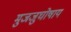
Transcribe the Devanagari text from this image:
मुजजुघोषाय